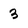
Character: 3